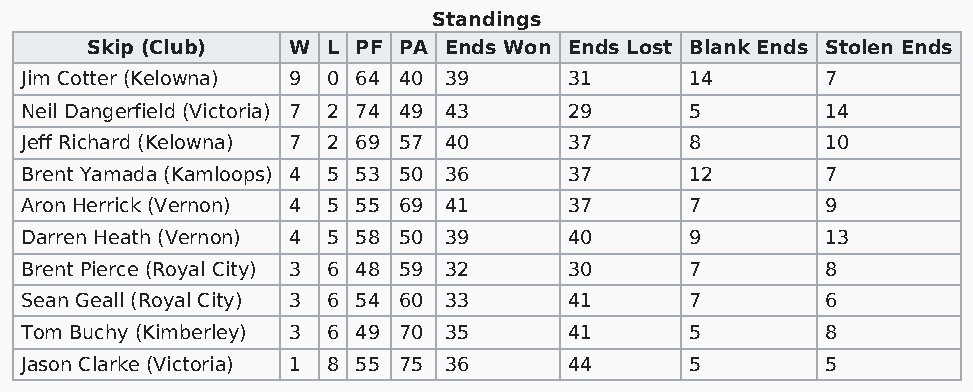
Standings
 Skip (Club)  W  L PF PA Ends Won Ends Lost Blank Ends Stolen Ends
 Jim Cotter (Kelowna) 9 0 64 40 39    31      14       7
 Neil Dangerfield (Victoria) 7 2 74 49 43 29  5        14
 Jeff Richard (Kelowna) 7 2 69 57 40  37      8        10
 Brent Yamada (Kamloops) 4 5 53 50 36 37      12       7
 Aron Herrick (Vernon) 4 5 55 69 41   37      7        9
 Darren Heath (Vernon) 4 5 58 50 39   40      9        13
 Brent Pierce (Royal City) 3 6 48 59 32 30    7        8
 Sean Geall (Royal City) 3 6 54 60 33 41      7        6
 Tom Buchy (Kimberley) 3 6 49 70 35   41      5        8
 Jason Clarke (Victoria) 1 8 55 75 36 44      5        5